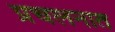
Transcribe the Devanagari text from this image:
प्रचलनात